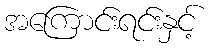
အကြောင်းရင်းနှင့်